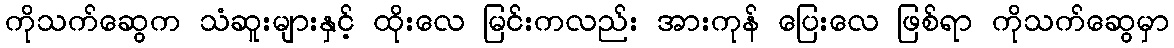
ကိုသက်ဆွေက သံဆူးများနှင့် ထိုးလေ မြင်းကလည်း အားကုန် ပြေးလေ ဖြစ်ရာ ကိုသက်ဆွေမှာ